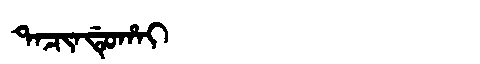
Manchu: ᡨᠠᠴᡳᠨᡩᡠᡥᠠᡳ
Romanization: TACINDUHAI